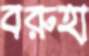
বরুহা